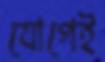
যোগেই